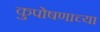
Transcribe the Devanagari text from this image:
कुपोषणाच्या